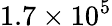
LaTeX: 1.7\times 10^{5}